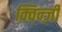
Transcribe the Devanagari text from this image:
क्विन्ज़ी